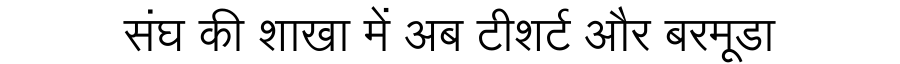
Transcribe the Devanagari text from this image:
संघ की शाखा में अब टीशर्ट और बरमूडा